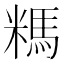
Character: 𰫆